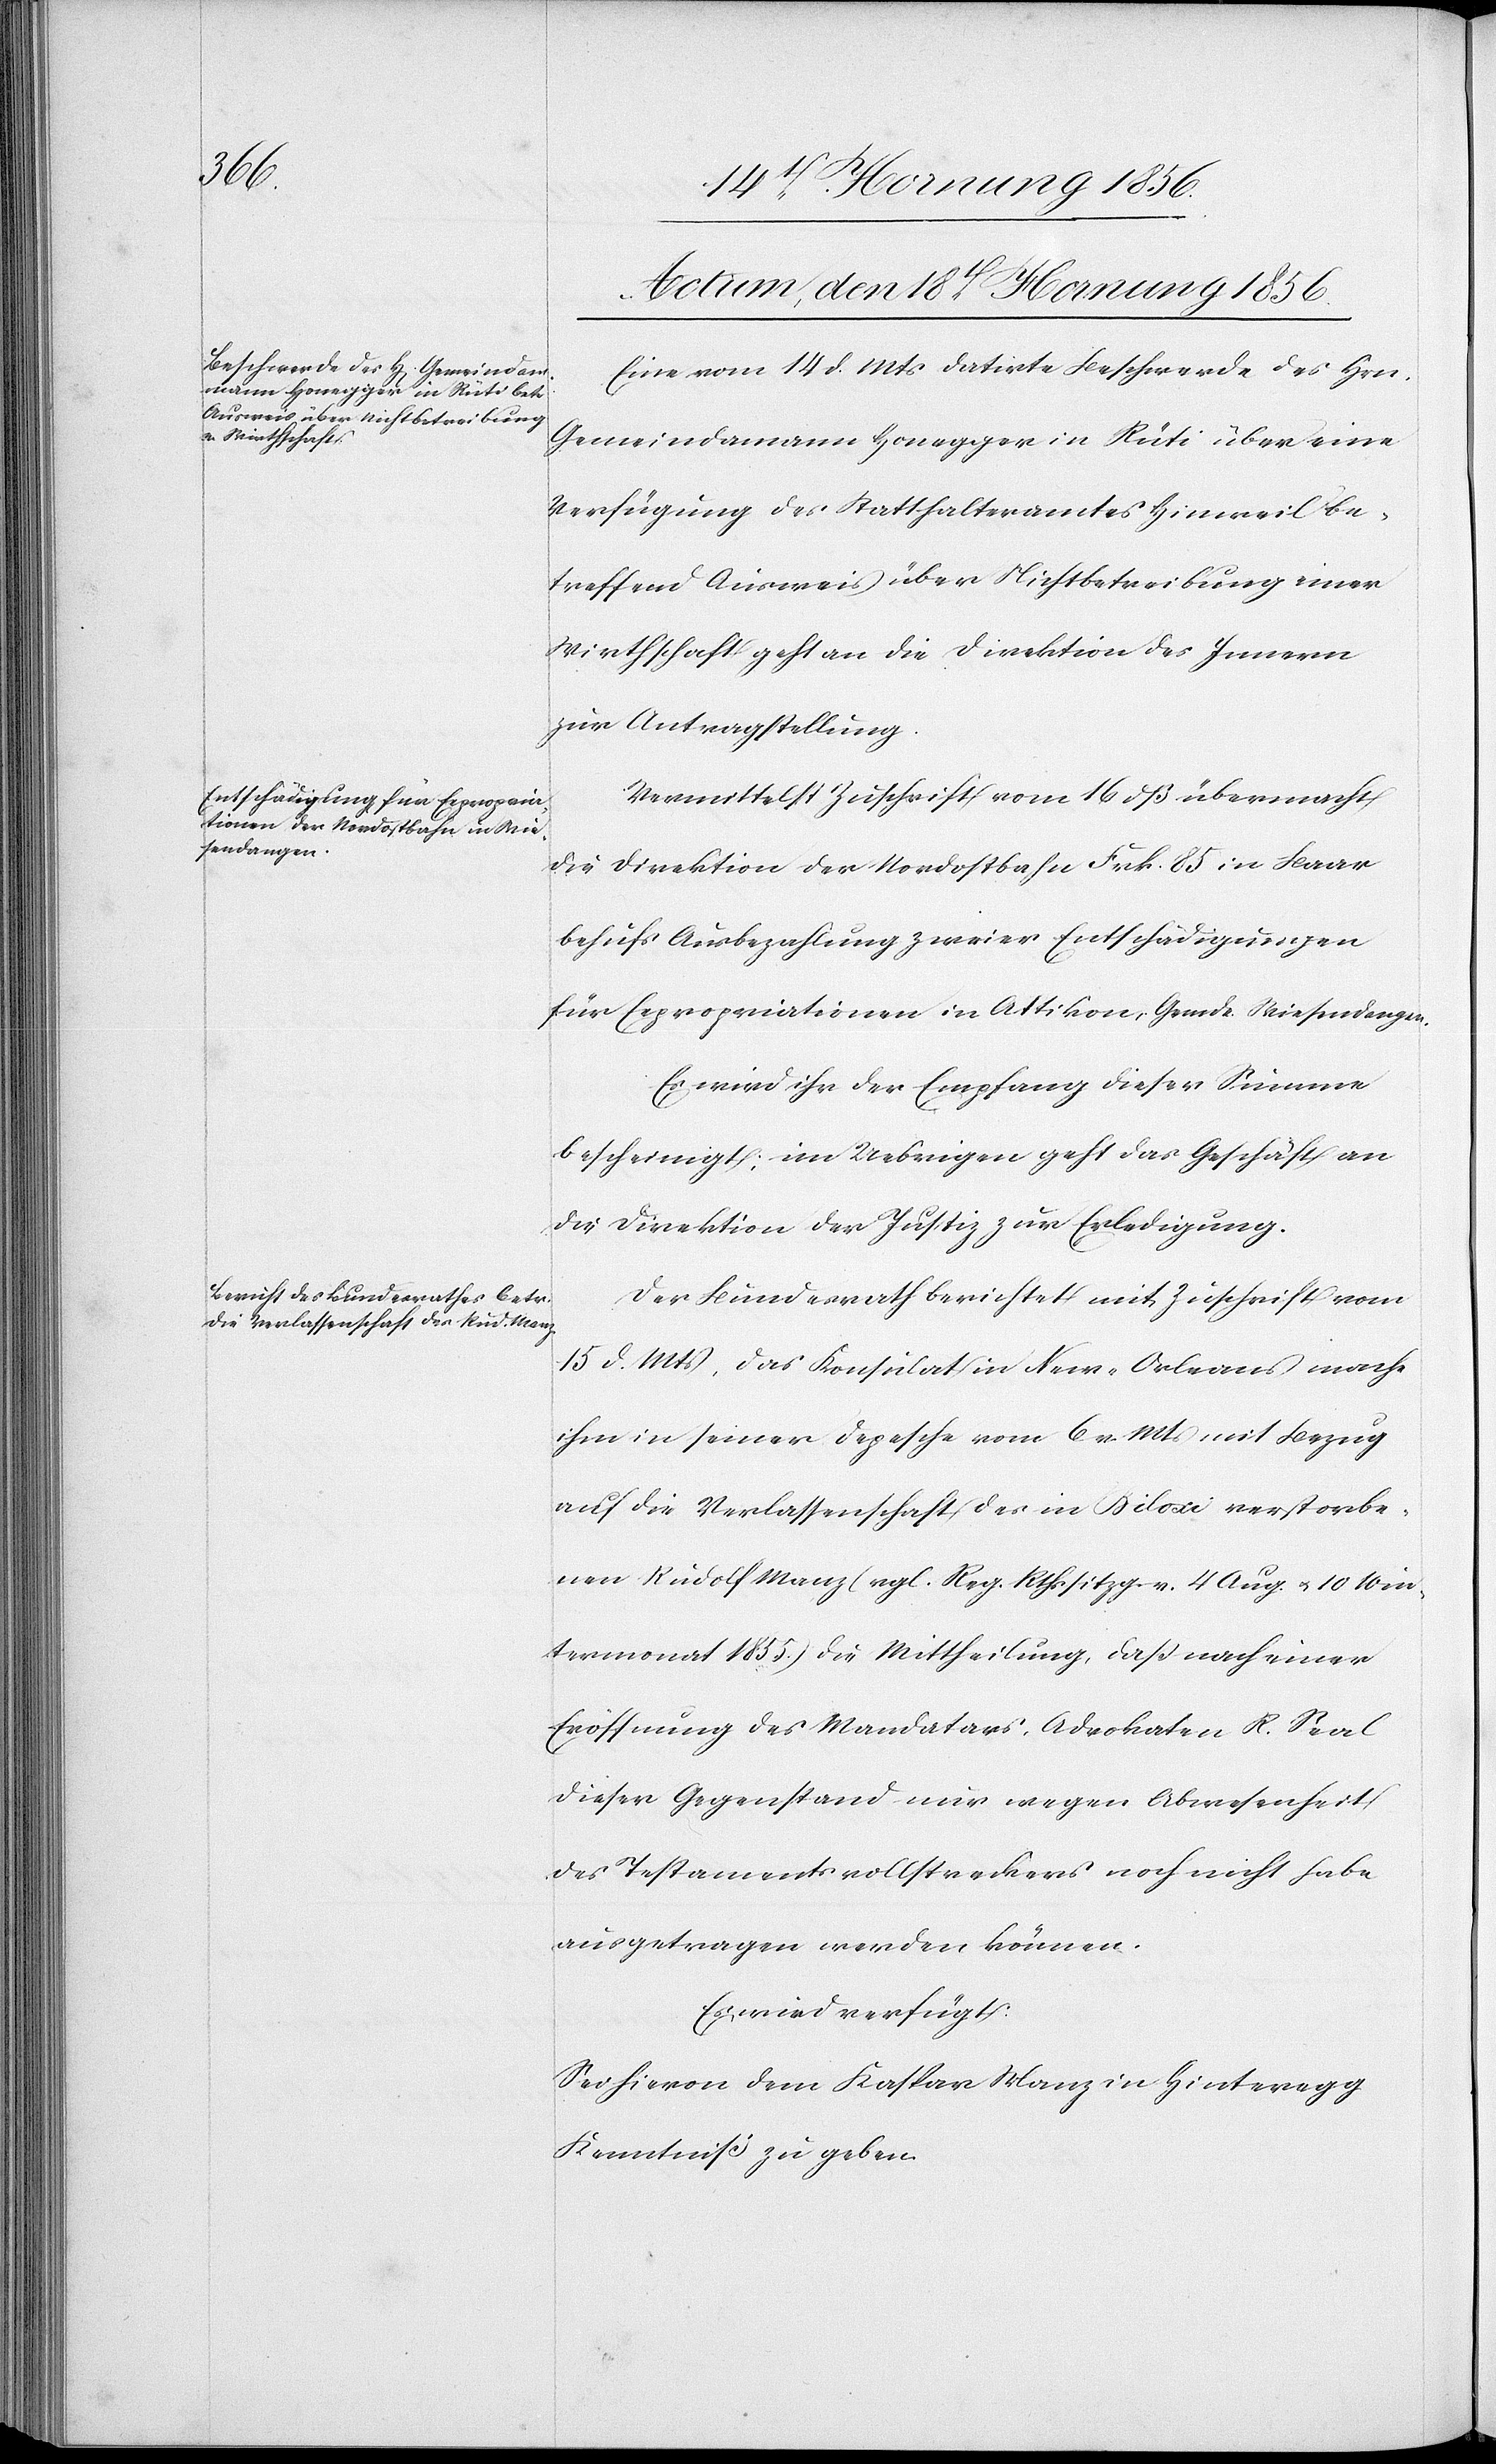
Actum, den 18t Hornung 1856.]
Eine vom 14 d. Mts datirte Beschwerde des Hrn.
Gemeindamann [sic!] Honegger in Rüti über eine
Verfügung des Statthalteramtes Hinweil be¬
treffend Ausweis über Nichtbetreibung einer
Wirthschaft geht an die Direktion des Innern
zur Antragstellung.
Vermittelst Zuschrift vom 16 dß übermacht
die Direktion der Nordostbahn Frk. 85 in Baar
behufs Ausbezahlung zweier Entschädigungen
für Expropriationen in Attikon, Gmde. Wiesendangen.
Es wird ihr der Empfang dieser Summe
bescheinigt; im Uebrigen geht das Geschäft an
die Direktion der Justiz zur Erledigung.
Der Bundesrath berichtet mit Zuschrift vom
15 d. Mts, das Konsulat in New-Orleans mache
ihm in seiner Depesche vom 6 v. Mts mit Bezug
auf die Verlassenschaft des in Biloxi verstorbe¬
nen Rudolf Manz (vgl. Reg. Rthssitzg. v. 4 Aug. u. 10 Win¬
termonat 1855.) die Mittheilung, daß nach einer
Eröffnung des Mandatars, Advokaten R. Seal
dieser Gegenstand nur wegen Abwesenheit
des Testamentsvollstreckers noch nicht habe
ausgetragen werden können.
Es wird verfügt:
Sei hievon dem Kaspar Manz in Hinteregg
Kentniß zu geben.